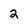
Character: 2